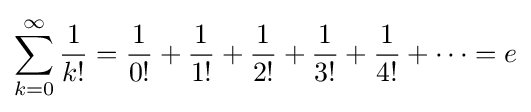
\sum _{k=0}^{\infty }{\frac {1}{k!}}={\frac {1}{0!}}+{\frac {1}{1!}}+{\frac {1}{2!}}+{\frac {1}{3!}}+{\frac {1}{4!}}+\cdots =e